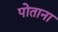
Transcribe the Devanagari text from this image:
पोताना